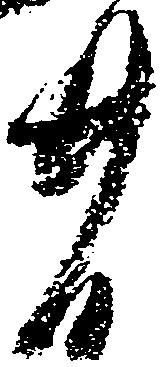
者